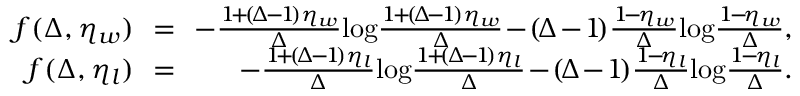
\begin{array} { r l r } { \! \! f ( \Delta , \eta _ { w } ) \! \! } & { = } & { \! \! - \frac { 1 \! + \! ( \! \Delta \! - \! 1 \! ) \eta _ { w } } { \Delta } \! \log \! \frac { 1 \! + \! ( \! \Delta \! - \! 1 \! ) \eta _ { w } } { \Delta } \! - \! ( \! \Delta \! - \! 1 \! ) \frac { 1 \! - \! \eta _ { w } } { \Delta } \! \log \! \frac { 1 \! - \! \eta _ { w } } { \Delta } , } \\ { \! \! f ( \Delta , \eta _ { l } ) \! \! } & { = } & { \! \! - \frac { 1 \! + \! ( \! \Delta \! - \! 1 \! ) \eta _ { l } } { \Delta } \! \log \! \frac { 1 \! + \! ( \! \Delta \! - \! 1 \! ) \eta _ { l } } { \Delta } \! - \! ( \! \Delta \! - \! 1 \! ) \frac { 1 \! - \! \eta _ { l } } { \Delta } \! \log \! \frac { 1 \! - \! \eta _ { l } } { \Delta } . } \end{array}